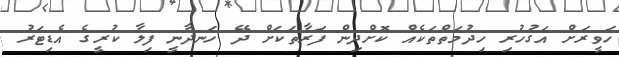
ހަވީރަށް އަގުހުރި ހިދުމަތްތަކެއް ކޮށްދިން ފަރާތަކަށް ދޭ ހަނދާނީ ފިލާ ކުރީގެ އެޑިޓަރު